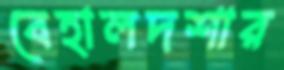
বেহালদশার